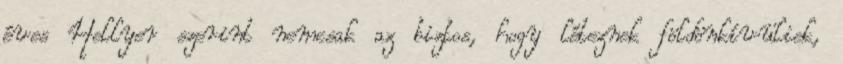
éves Hellyer szerint nemcsak az biztos, hogy léteznek földönkívüliek,